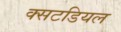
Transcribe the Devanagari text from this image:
क्सटडियल